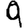
Digit: 9